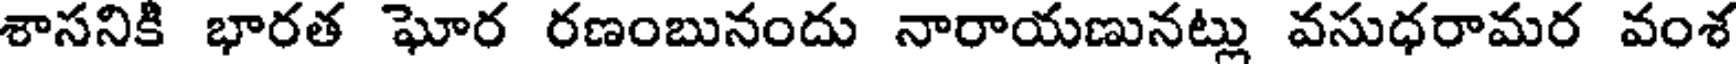
శాసనికి భారత ఘోర రణంబునందు నారాయణునట్లు వసుధరామర వంశ